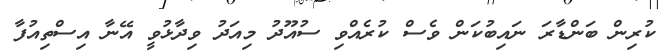
ކުރިން ބަންޑާރަ ނައިބުކަން ވެސް ކުރެއްވި ސުއޫދު މިއަދު ވިދާޅުވީ އޭނާ އިސްތިއުފާ